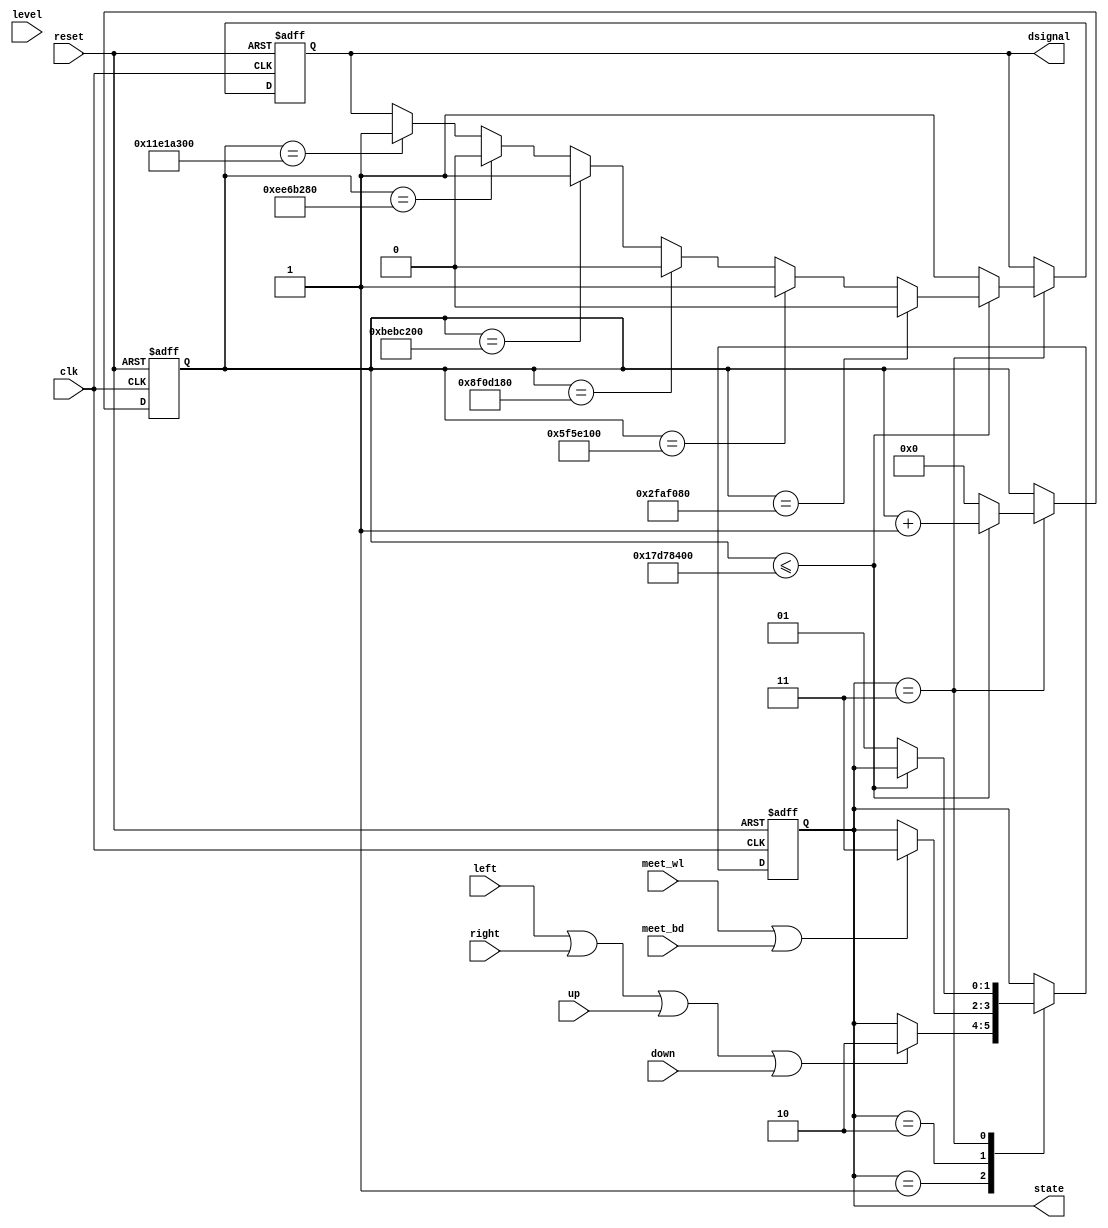
module gamecontrol(
input clk, 
input reset,
input left,
input right, 
input up, 
input down, 
input meet_wl, 
input meet_bd, 
input level,
output  [1:0] state, 

output reg dsignal

);


localparam READY = 2'b01; 
localparam GO = 2'b10; 
localparam DEAD = 2'b11;




reg [31:0] clk_cnt ;
reg [1:0] status ;

initial begin
	clk_cnt = 0;
	status = READY;
end



always @( posedge clk or posedge reset )
begin
	if( reset )
		begin
			status <= READY; 
			clk_cnt <= 0;
			dsignal <= 1; 
		end 
	else begin
		case( status ) 


		READY: begin
			if( left | right | up | down )
					begin 
						status <= GO;
					end 
		end

		GO: begin
				if( meet_wl | meet_bd )
					status <= DEAD;
			  end
			 

		DEAD: begin
				if( clk_cnt <= 400000000 ) 
					begin 
						clk_cnt <= clk_cnt + 1;
						if( clk_cnt == 50000000 ) 
							dsignal <= 0;
						else if( clk_cnt == 100000000 ) 
							dsignal <= 1;
						else if( clk_cnt == 150000000 ) 
							dsignal <= 0;
						else if( clk_cnt == 200000000 ) 
							dsignal <= 1;
						else if( clk_cnt == 250000000 ) 
							dsignal <= 0;
						else if( clk_cnt == 300000000 ) 
							dsignal <= 1;
					end 
				else begin
						dsignal <= 1;
						clk_cnt <= 0;
						status <= READY;
					 end
			  end 
	endcase
end
end 

assign state = status;
endmodule